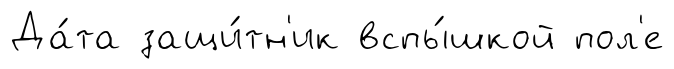
Да́та защи́тн'ик вспы́шкой пол'е